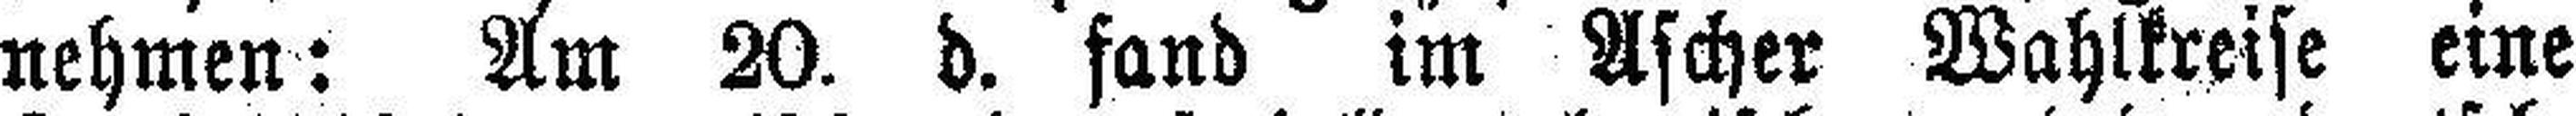
nehmen: Am 20. d. fand im Ascher Wahlkreise eine